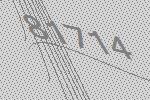
81714